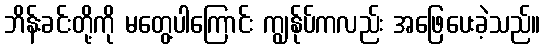
ဘိန်းခင်းတို့ကို မတွေ့ပါကြောင်း ကျွန်ုပ်ကလည်း အဖြေပေးခဲ့သည်။